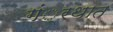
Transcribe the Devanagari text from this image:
गं्रथात